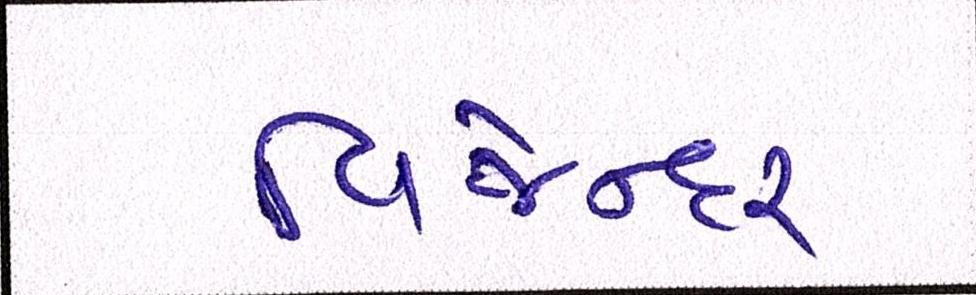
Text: વિજેન્દર